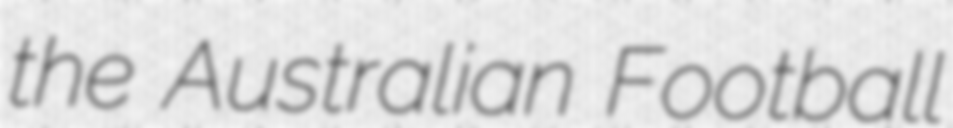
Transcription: the Australian Football